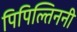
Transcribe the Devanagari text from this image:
पिपिल्तिननी